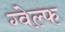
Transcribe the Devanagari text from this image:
ग्वेल्फ